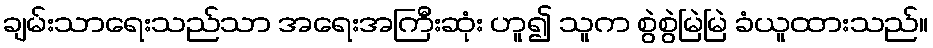
ချမ်းသာရေးသည်သာ အရေးအကြီးဆုံး ဟူ၍ သူက စွဲစွဲမြဲမြဲ ခံယူထားသည်။